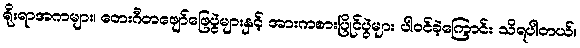
ရိုးရာအကများ၊ တေးဂီတဖျော်ဖြေပွဲများနှင့် အားကစားပြိုင်ပွဲများ ပါဝင်ခဲ့ကြောင်း သိရပါတယ်။